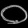
Digit: ၀